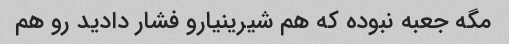
مگه جعبه نبوده که هم شیرینیارو فشار دادید رو هم